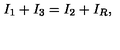
I _ { 1 } + I _ { 3 } = I _ { 2 } + I _ { R } ,